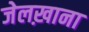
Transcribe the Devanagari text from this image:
जेलख़ाना